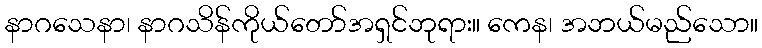
နာဂသေနာ၊ နာဂသိန်ကိုယ်တော်အရှင်ဘုရား။ ကေန၊ အဘယ်မည်သော။